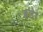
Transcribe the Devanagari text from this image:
हटे।